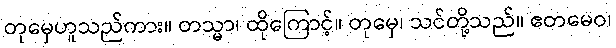
တုမှေဟူသည်ကား။ တသ္မာ၊ ထိုကြောင့်။ တုမှေ၊ သင်တို့သည်။ ဧတမေဝ၊